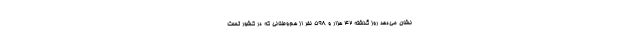
نشان می‌دهد روز گذشته 42 هزار و 598 نفر از هم‌وطنانی که در کشور تست